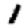
Digit: 1